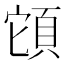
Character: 𩒂